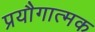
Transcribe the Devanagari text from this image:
प्रयौगात्मक